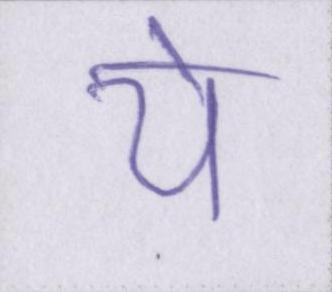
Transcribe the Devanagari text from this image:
ये